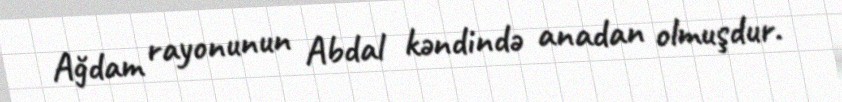
Ağdam rayonunun Abdal kəndində anadan olmuşdur.